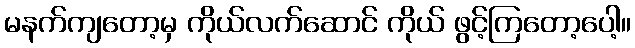
မနက်ကျတော့မှ ကိုယ်လက်ဆောင် ကိုယ် ဖွင့်ကြတော့ပေါ့။